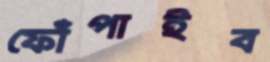
ফোঁপাইব